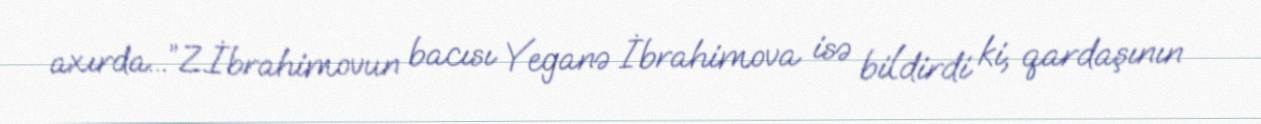
axırda...”Z.İbrahimovun bacısı Yeganə İbrahimova isə bildirdi ki, qardaşının